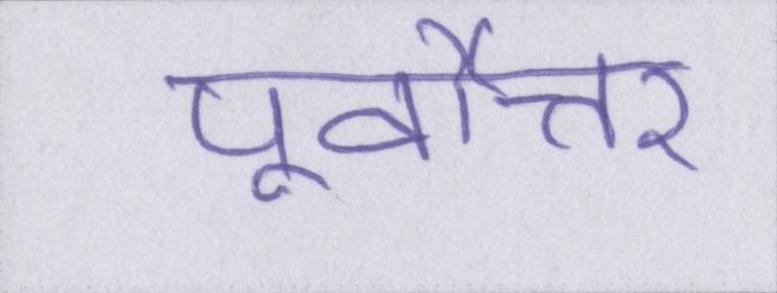
पूर्वोत्तर